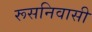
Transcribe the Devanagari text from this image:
रूसनिवासी